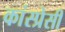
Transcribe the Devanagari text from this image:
कांस्प्रेसी